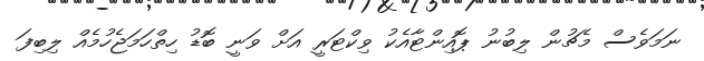
ނަމަވެސް މެޗުން ލިބުނު ޕޮއިންޓާއެކު ވިކްޓަރީ އަށް ވަނީ ބޮޑު ހިތްހަމަޖެހުމެއް ލިބިފަ